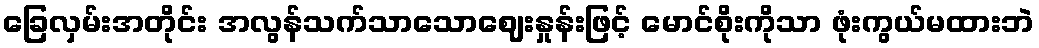
ခြေလှမ်းအတိုင်း အလွန်သက်သာသောဈေးနှုန်းဖြင့် မောင်စိုးကိုသာ ဖုံးကွယ်မထားဘဲ